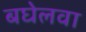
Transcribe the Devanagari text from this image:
बघेलवा